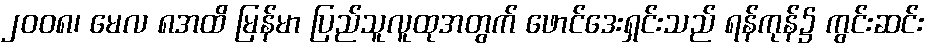
၂၀၀၈၊ မေလ ၈အထိ မြန်မာ ပြည်သူလူထုအတွက် ဖောင်ဒေးရှင်းသည် ရန်ကုန်၌ ကွင်းဆင်း